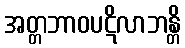
အတ္တဘာဝပဋိလာဘန္တိ